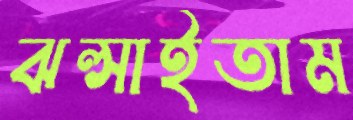
ঝল্‌সাইতাম